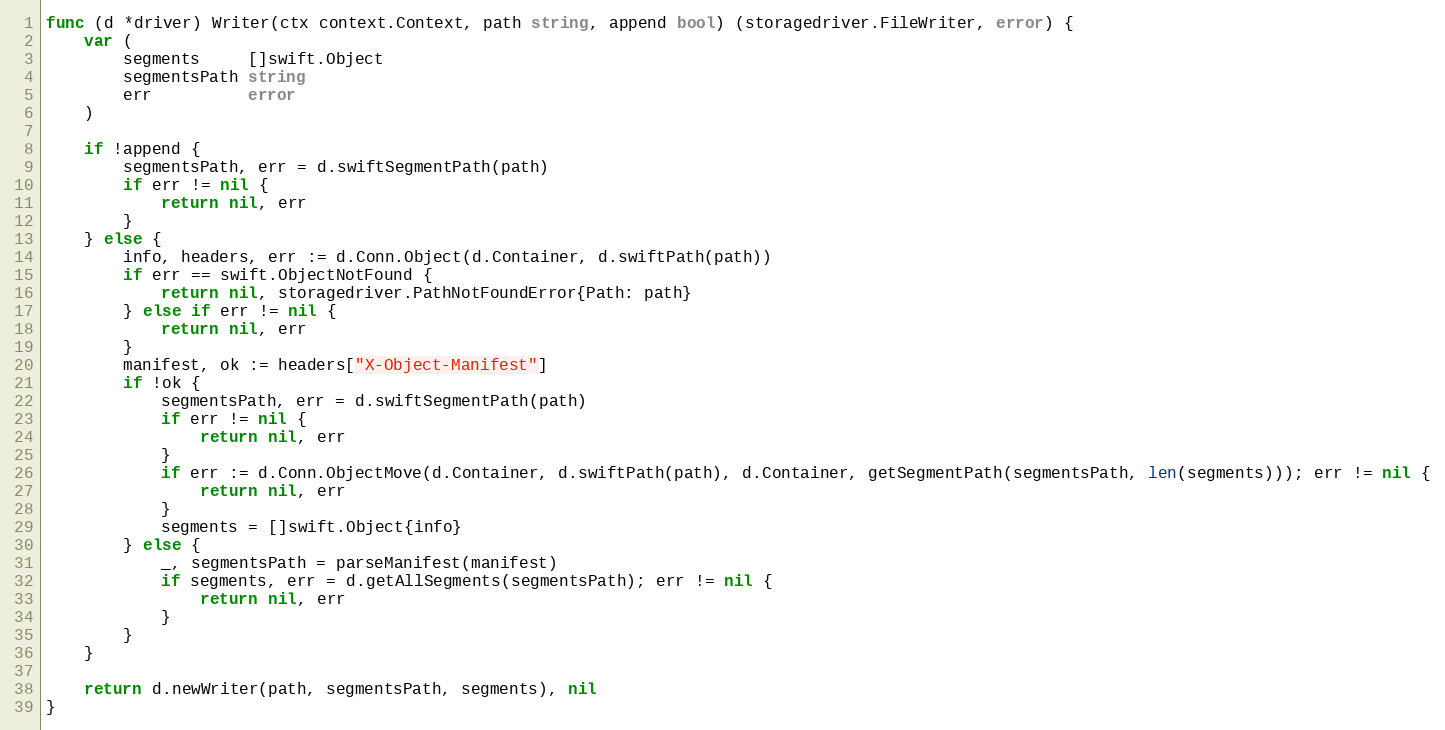
Language: Go
func (d *driver) Writer(ctx context.Context, path string, append bool) (storagedriver.FileWriter, error) {
	var (
		segments     []swift.Object
		segmentsPath string
		err          error
	)

	if !append {
		segmentsPath, err = d.swiftSegmentPath(path)
		if err != nil {
			return nil, err
		}
	} else {
		info, headers, err := d.Conn.Object(d.Container, d.swiftPath(path))
		if err == swift.ObjectNotFound {
			return nil, storagedriver.PathNotFoundError{Path: path}
		} else if err != nil {
			return nil, err
		}
		manifest, ok := headers["X-Object-Manifest"]
		if !ok {
			segmentsPath, err = d.swiftSegmentPath(path)
			if err != nil {
				return nil, err
			}
			if err := d.Conn.ObjectMove(d.Container, d.swiftPath(path), d.Container, getSegmentPath(segmentsPath, len(segments))); err != nil {
				return nil, err
			}
			segments = []swift.Object{info}
		} else {
			_, segmentsPath = parseManifest(manifest)
			if segments, err = d.getAllSegments(segmentsPath); err != nil {
				return nil, err
			}
		}
	}

	return d.newWriter(path, segmentsPath, segments), nil
}